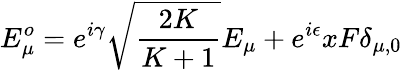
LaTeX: E_{\mu}^{o}=e^{i\gamma}\sqrt{\frac{2K}{K+1}}E_{\mu}+e^{i\epsilon}xF\delta_{\mu,0}